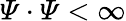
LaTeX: \varPsi\cdot\varPsi<\infty